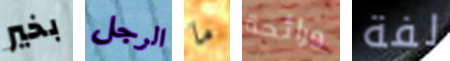
بخير الرجل ما ورائحة لفة